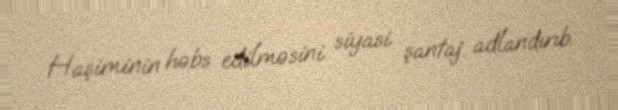
Haşiminin həbs edilməsini siyasi şantaj adlandırıb.